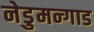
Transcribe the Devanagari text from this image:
नेडुमन्गाड